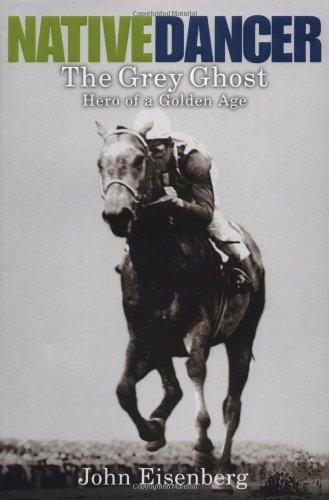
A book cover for Native Dancer: The Grey Ghost Hero of a Golden Age; John Eisenberg; Biographies & Memoirs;